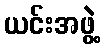
ယင်းအဖွဲ့